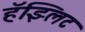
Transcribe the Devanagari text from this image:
हॅझ्लिट